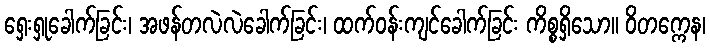
ရှေးရှုခေါက်ခြင်း၊ အဖန်တလဲလဲခေါက်ခြင်း၊ ထက်ဝန်းကျင်ခေါက်ခြင်း ကိစ္စရှိသော။ ဝိတက္ကေန၊